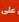
علىى